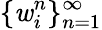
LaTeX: \{ \mathit{w}_{i}^{n}\} _{n=1}^{\infty}